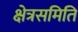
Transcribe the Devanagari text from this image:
क्षेत्रसमिति